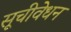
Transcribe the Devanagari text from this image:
सूचीवेधन